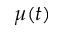
\mu ( t )